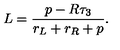
L = { \frac { p - R \tau _ { 3 } } { r _ { L } + r _ { R } + p } } .